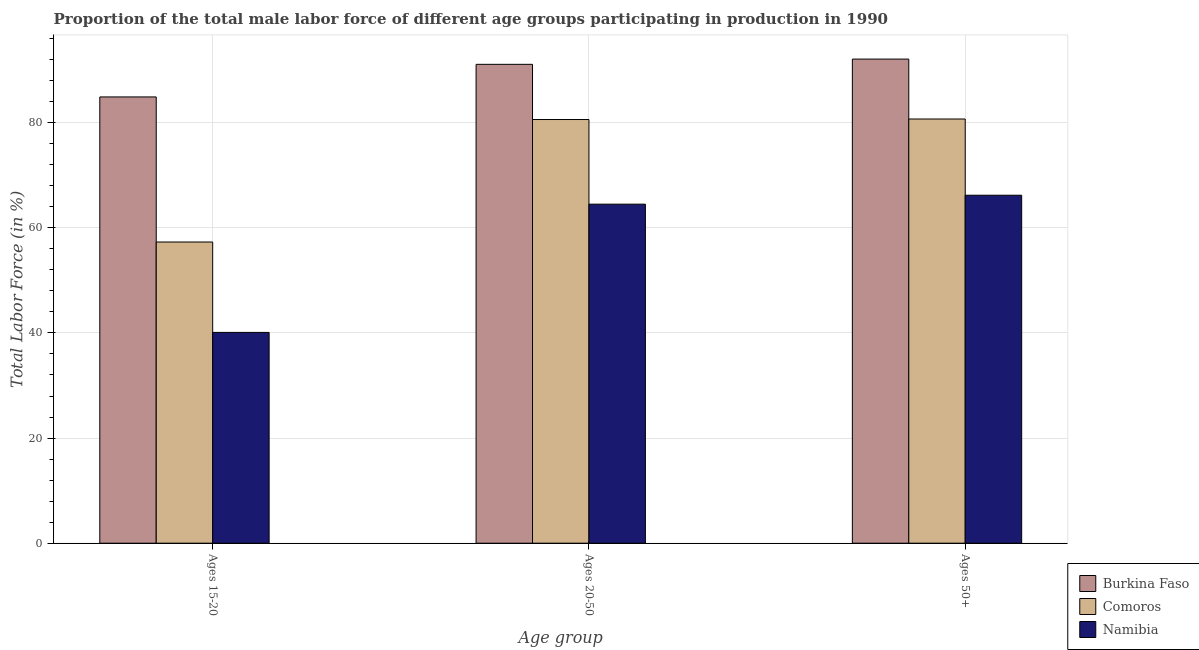
| Age group | Burkina Faso | Comoros | Namibia |
 | --- | --- | --- | --- |
 | Ages 15-20 | 84.9 | 57.3 | 40.1 |
 | Ages 20-50 | 91.1 | 80.6 | 64.5 |
 | Ages 50+ | 92.1 | 80.7 | 66.2 |